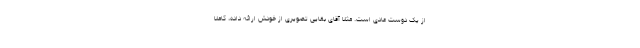
از یک دوست عادی است. مثلا آقای بقایی تصویری از خودش ارائه داده، کاملا